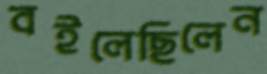
বইলেছিলেন